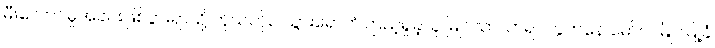
မီးလောင်မှုအခင်းဖြစ်ပွားရာသို့ ကိုယ်တိုင် သွားရောက်ကြည့်ရှုခဲ့သူ မြိုင်သာယာရပ်ကွက်နေ မော်လမြိုင်မြို့ခံ